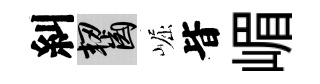
糾齧崛𣅜嵋